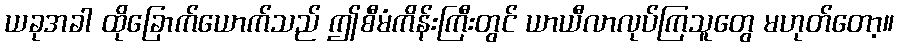
ယခုအခါ ထိုခြောက်ယောက်သည် ဤစီမံကိန်းကြီးတွင် ယာယီလာလုပ်ကြသူတွေ မဟုတ်တော့။